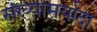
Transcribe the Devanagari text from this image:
संख्यामर्यादा